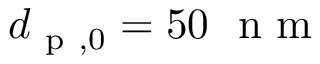
d _ { \mathrm { ~ p ~ } , 0 } = 5 0 ~ \mathrm { ~ n ~ m ~ }